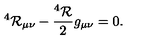
^ 4 { \cal R } _ { \mu \nu } - \frac { ^ 4 { \cal R } } { 2 } g _ { \mu \nu } = 0 .